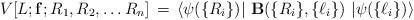
LaTeX: \begin{align*}V[L; {\bf f}; R_1, R_2, \ldots R_n] \, = \, \langle \psi(\{ R_i \}) \vert ~{\bf {B}}(\{ R_i \},\{ \ell_i \}) ~\vert \psi (\{ \ell_i \})\rangle\end{align*}